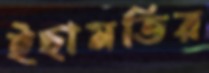
ইছামতির